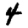
Digit: 4